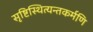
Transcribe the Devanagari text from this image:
सृष्टिस्थित्यन्तकर्मणि